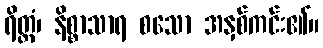
ရိတ္တံ၊ နိစ္စာသာရ စသော အနှစ်ကင်း၏။